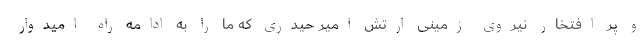
و پر افتخار نیروی زمینی ارتش امیر حیدری که ما را به ادامه راه امیدوار